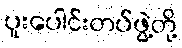
ပူးပေါင်းတပ်ဖွဲ့တို့